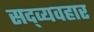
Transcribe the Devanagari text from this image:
सद्‍व्यवहार